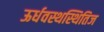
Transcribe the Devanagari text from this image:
ऊर्धवस्थस्थितिज